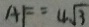
A F = 4 \sqrt { 3 }